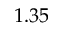
1 . 3 5